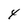
Character: 4